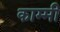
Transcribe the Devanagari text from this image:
काम्मी